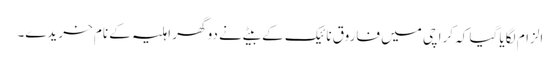
الزام لگایا گیا کہ کراچی میں فاروق نائیک کے بیٹے نے دو گھر اہلیہ کے نام خریدے۔